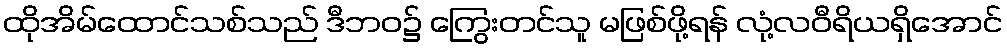
ထိုအိမ်ထောင်သစ်သည် ဒီဘဝ၌ ကြွေးတင်သူ မဖြစ်ဖို့ရန် လုံ့လဝီရိယရှိအောင်